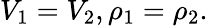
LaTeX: V_{1}=V_{2},\rho_{1}=\rho_{2}.